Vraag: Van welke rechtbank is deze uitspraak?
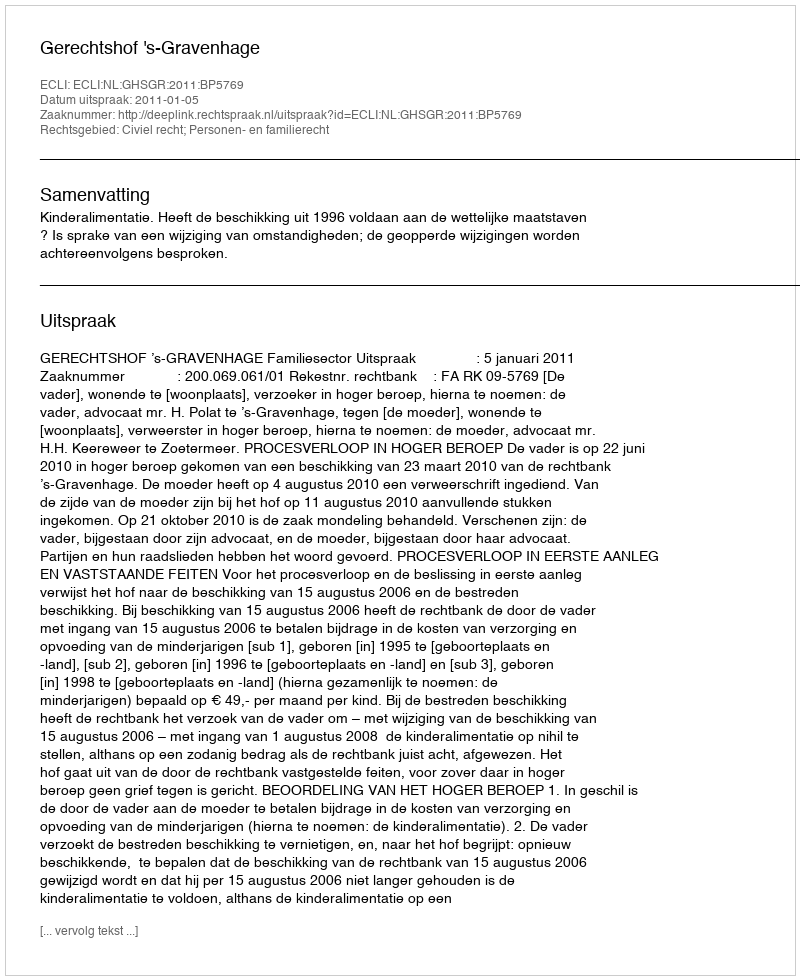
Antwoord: Gerechtshof 's-Gravenhage